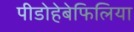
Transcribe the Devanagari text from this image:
पीडोहेबेफिलिया